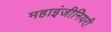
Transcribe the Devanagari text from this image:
महाइंजीनियरी